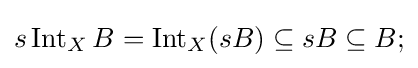
s\operatorname {Int} _{X}B=\operatorname {Int} _{X}(sB)\subseteq sB\subseteq B;